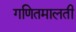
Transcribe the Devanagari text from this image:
गणितमालती